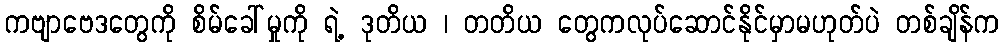
ကဗျာဗေဒတွေကို စိမ်ခေါ်မှုကို ရဲ့ ဒုတိယ ၊ တတိယ တွေကလုပ်ဆောင်နိုင်မှာမဟုတ်ပဲ တစ်ချိန်က